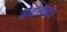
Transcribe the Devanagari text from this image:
मोनोसैकेराइड